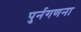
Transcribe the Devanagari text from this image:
पुर्नगणना